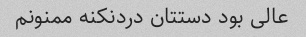
عالی بود دستتان دردنکنه ممنونم